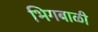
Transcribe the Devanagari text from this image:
भिगबाळी